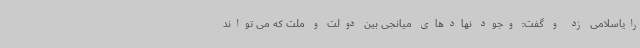
رایاسلامی زد و گفت: وجود نهادهای میانجی بین دولت و ملت که می تواند